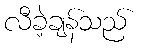
လီခဲ့ချန်သည်